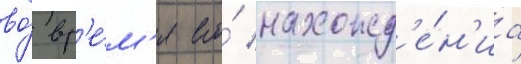
во́ вр'е́м'я его́ нахожд'е́н'иа